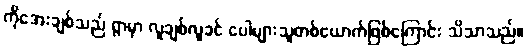
ကိုအေးချစ်သည် ရွာမှာ လူချစ်လူခင် ပေါများသူတစ်ယောက်ဖြစ်ကြောင်း သိသာသည်။